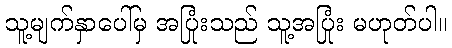
သူ့မျက်နှာပေါ်မှ အပြုံးသည် သူ့အပြုံး မဟုတ်ပါ။